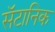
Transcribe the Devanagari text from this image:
सॅटानिक